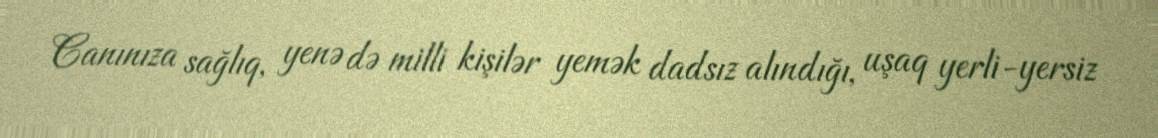
Canınıza sağlıq, yenə də milli kişilər yemək dadsız alındığı, uşaq yerli-yersiz